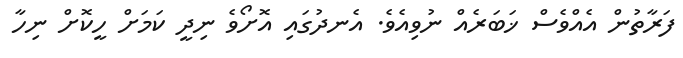
ފަރާތުން އެއްވެސް ޚަބަރެއް ނުވިއެވެ. އެނދުގައި އޮށޯވެ ނިދީ ކަމަށް ހީކޮށް ނިހާ